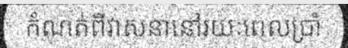
កំណត់ពីវាសនានៅរយៈពេលប្រាំ